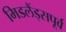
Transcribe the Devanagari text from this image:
मिडलैंड्सपूर्व